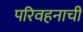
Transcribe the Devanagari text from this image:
परिवहनाची